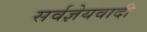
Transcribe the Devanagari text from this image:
सर्वज्ञेयवादी